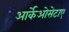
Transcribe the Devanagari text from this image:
आर्केओसेटाए